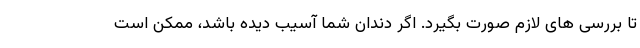
تا بررسی های لازم صورت بگیرد. اگر دندان شما آسیب دیده باشد، ممکن است